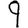
Digit: 9